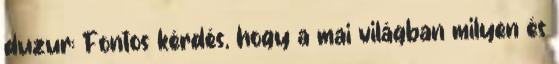
duzur: Fontos kérdés, hogy a mai világban milyen és